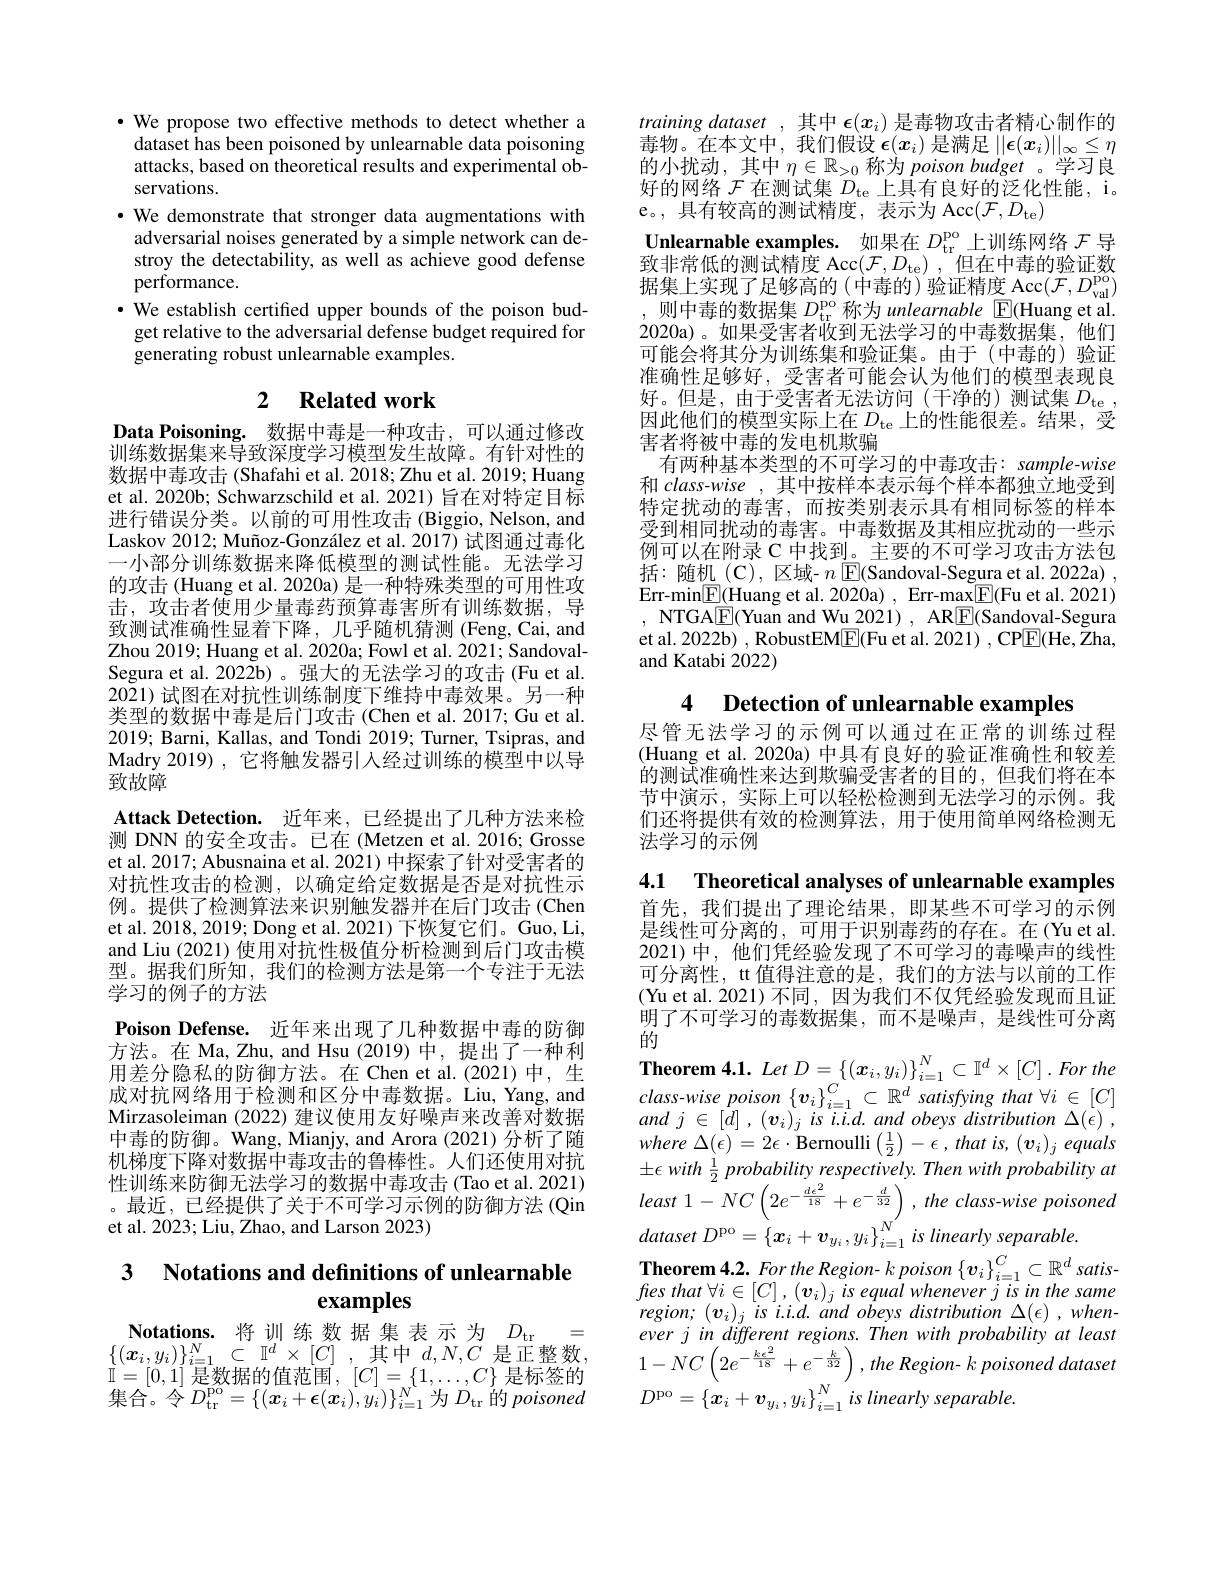
·We propose two effective methods to detect whether a dataset has been poisoned by unlearnable data poisoning attacks, based on theoretical results and experimental observations.
·We demonstrate that stronger data augmentations with adversarial noises generated by a simple network can destroy the detectability, as well as achieve good defense performance.
· We establish certified upper bounds of the poison budget relative to the adversarial defense budget required for generating robust unlearnable examples.

## 2 Related work

Data Poisoning. 数据中毒是一种攻击，可以通过修改训练数据集来导致深度学习模型发生故障。有针对性的数据中毒攻击(Shafahi et al. 2018; Zhu et al. 2019; Huang et al. 2020b; Schwarzschild et al. 2021) 旨在对特定目标进行错误分类。以前的可用性攻击(Biggio, Nelson, and Laskov 2012; Muñoz-González et al. 2017) 试图通过毒化一小部分训练数据来降低模型的测试性能。无法学习的攻击 (Huang et al. 2020a) 是一种特殊类型的可用性攻击，攻击者使用少量毒药预算毒害所有训练数据，导致测试准确性显着下降，几乎随机猜测(Feng,Cai,and Zhou 2019; Huang et al. 2020a; Fowl et al. 2021; SandovalSegura et al. 2022b)。强大的无法学习的攻击(Fu et al. 2021)试图在对抗性训练制度下维持中毒效果。另一种类型的数据中毒是后门攻击(Chen et al.2017; Gu et al. 2019; Barni, Kallas, and Tondi 2019; Turner, Tsipras, and Madry 2019), 它将触发器引入经过训练的模型中以导致故障
Attack Detection. 近年来，已经提出了几种方法来检测 DNN 的安全攻击。已在 (Metzen et al. 2016; Grosse et al. 2017; Abusnaina et al. 2021) 中探索了针对受害者的对抗性攻击的检测，以确定给定数据是否是对抗性示例。提供了检测算法来识别触发器并在后门攻击 (Chen et al. 2018, 2019; Dong et al. 2021) 下恢复它们。Guo, Li, and Liu (2021) 使用对抗性极值分析检测到后门攻击模型。据我们所知，我们的检测方法是第一个专注于无法学习的例子的方法
Poison Defense. 近年来出现了几种数据中毒的防御方法。在 Ma, Zhu, and Hsu (2019)中，提出了一种利用差分隐私的防御方法。在 Chen et al.(2021)中，生成对抗网络用于检测和区分中毒数据。Liu,Yang, and Mirzasoleiman (2022) 建议使用友好噪声来改善对数据中毒的防御。Wang, Mianjy, and Arora (2021)分析了随机梯度下降对数据中毒攻击的鲁棒性。人们还使用对抗性训练来防御无法学习的数据中毒攻击 (Tao et al. 2021) 。最近，已经提供了关于不可学习示例的防御方法(Qin et al. 2023; Liu, Zhao, and Larson 2023)

### 3 $\textbf{Notations and definitions of unlearnable}$ examples

$\begin{array}{c}\mathbf{Notations.}&\text{将训练数据集表示为}&D_{\mathrm{tr}}=\\\{(\boldsymbol{x}_{i},y_{i})\}_{i=1}^{N}\subset\mathbb{I}^{d}\times[C]&,\text{其中}d,N,C\text{是正整数，}\end{array}$ $\mathbb{I}=[0,1]$ 是数据的值范围$,[C]=\{1,\ldots,C\}$ 是标签的集合。令$D_\mathrm{tr}^\mathrm{po}=\{(x_{i}+\epsilon(x_{i}),y_{i})\}_{i=1}^{N}$为$D_\mathrm{tr}$的poisoned

training dataset ,其中$\epsilon(x_i)$是毒物攻击者精心制作的$\begin{array}{l}\text{毒物。在本文中，我们假设 }\epsilon(x_i)\text{ 是满足 }||\epsilon(x_i)||_\infty\leq\eta\\\text{的小扰动，其中 }\eta\in\mathbb{R}_{>0}\text{ 称为 }poison\textit{budget 。学习良}\end{array}$ 好的网络$\mathcal{F}$在测试集$D_\mathrm{te}$上具有良好的泛化性能，i。e。,具有较高的测试精度，表示为 Acc$( \mathcal{F} , D_{\mathrm{te}})$
Unlearnable examples. 如果在$D_\mathrm{tr}^\mathrm{po}$上训练网络$\mathcal{F}$导致非常低的测试精度 Acc$( \mathcal{F} , D_{\mathrm{te}})$ ,但在中毒的验证数据集上实现了足够高的(中毒的)验证精度 Acc$( \mathcal{F} , D_\mathrm{val}^\mathrm{po})$,则中毒的数据集$D_\mathrm{tr}^\mathrm{po}$称为 unlearnable $\mathbb{E}($Huang et al. 2020a)。如果受害者收到无法学习的中毒数据集，他们可能会将其分为训练集和验证集。由于(中毒的)验证准确性足够好，受害者可能会认为他们的模型表现良好。但是，由于受害者无法访问(干净的)测试集$D_\mathrm{te}$, 因此他们的模型实际上在$D_\mathrm{te}$上的性能很差。结果，受害者将被中毒的发电机欺骗
有两种基本类型的不可学习的中毒攻击：sample-wise 和 class-wise , 其中按样本表示每个样本都独立地受到特定扰动的毒害，而按类别表示具有相同标签的样本受到相同扰动的毒害。中毒数据及其相应扰动的一些示例可以在附录 C 中找到。主要的不可学习攻击方法包括：随机(C),区域- $n$ E(Sandoval-Segura et al.2022a), Err-min$\boxed{\mathrm{F}}($Huang et al. 2020a) , Err-max$\boxed{\mathrm{F}}($Fu et al. 2021) , NTGA$\boxed{F}$( Yuan and Wu 2021) , AR$\boxed{F}$( Sandoval- Segura et al. 2022b) , RobustEM$\boxed{\mathrm{F}}($Fu et al. 2021) , CP$\boxed{\mathrm{F}}($He, Zha, and Katabi 2022)

4 $\textbf{Detection of unlearnable examples}$

尽管无法学习的示例可以通过在正常的训练过程(Huang et al. 2020a)中具有良好的验证准确性和较差的测试准确性来达到欺骗受害者的目的，但我们将在本节中演示，实际上可以轻松检测到无法学习的示例。我们还将提供有效的检测算法，用于使用简单网络检测无法学习的示例

4.1 Theoretical analyses of unlearnable examples 首先，我们提出了理论结果，即某些不可学习的示例是线性可分离的，可用于识别毒药的存在。在(Yu et al. 2021)中，他们凭经验发现了不可学习的毒噪声的线性可分离性，tt 值得注意的是，我们的方法与以前的工作(Yu et al. 2021)不同，因为我们不仅凭经验发现而且证明了不可学习的毒数据集，而不是噪声，是线性可分离的
$\mathbf{Theorem}$ 4.1. Let $D= \left \{ ( \boldsymbol{x}_{i}, y_{i}) \right \} _{i= 1}^{N}\subset \mathbb{I} ^{d}\times \left [ C\right ] . For$ tho $class-wisepoison\left\{\boldsymbol{v}_{i}\right\}_{i=1}^{C}\subset\mathbb{R}^{d}$ satisfying that $\forall i\in[C]$ and $j$ $\in$ $[ d]$ , $( \boldsymbol{v}_{i}) _{j}$ $is$ $i. i. d.$ and obeys distribution $\Delta ( \epsilon )$ , where $\Delta ( \epsilon ) = 2\epsilon \cdot$Bernoulli$\left ( \frac 12\right ) - \epsilon , that$ $is$, $( \boldsymbol{v}_i) _j$ equals $\pm \epsilon$ with $\frac 12$ probability $respectively. Then$ with probability $at$ least $1- NC\left ( 2e^{- \frac {de^{2}}{18}}+ e^{- \frac d{32}}\right ) , the$ $class- wise$ poisoneo dataset $D^\mathrm{po}= \left \{ x_i+ \boldsymbol{v}_{y_i}, y_i\right \} _{i= 1}^{N^{\prime }}is$ linearly $separable.$
$\textbf{Theorem 4. 2. For the Region- k poison }\{ \boldsymbol{v}_{i}\} _{i= 1}^{C}\subset \mathbb{R} ^{d}satis-$ fes that $\forall i\in [ C]$ , $( \boldsymbol{v}_{i}) _{j}$ $is$ equal whenever $j$ $is$ $in$ the same $region;$ $( \boldsymbol{v}_{i}) _{j}$ $is$ $i. i. d.$ and obeys distribution $\Delta ( \epsilon )$ , $when-$ ever j in different regions. Then with probability at least $1- NC\left ( 2e^{- \frac {k\epsilon ^{2}}{18}}+ e^{- \frac k{32}}\right ) , the$ $Region- k$ poisoned dataset $D^{\mathrm{po}}= \left \{ \boldsymbol{x}_i+ \boldsymbol{v}_{y_i}, y_i\right \} _{i= 1}^Nis\textit{linearly separable. }$